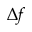
\Delta f